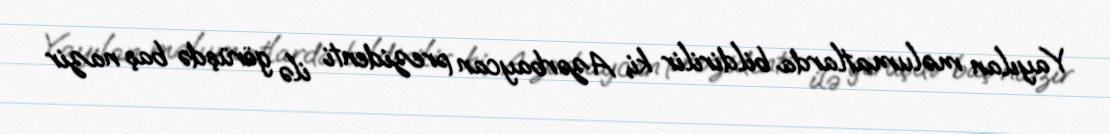
Yayılan məlumatlarda bildirilir ki, Azərbaycan prezidenti ilə görüşdə baş nazir